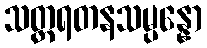
သတ္တရတနသမ္ပန္နော